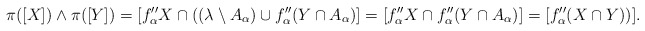
\begin{align*} \pi([X])\wedge \pi([Y])= [f_\alpha'' X\cap ((\lambda\setminus A_\alpha)\cup f_\alpha''(Y\cap A_\alpha)] = [f_\alpha'' X \cap f''_\alpha(Y\cap A_\alpha)]= [f_\alpha'' (X\cap Y))].\end{align*}